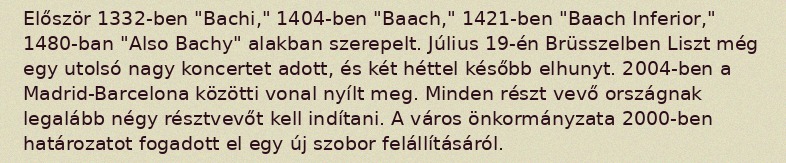
Először 1332-ben "Bachi," 1404-ben "Baach," 1421-ben "Baach Inferior," 1480-ban "Also Bachy" alakban szerepelt. Július 19-én Brüsszelben Liszt még egy utolsó nagy koncertet adott, és két héttel később elhunyt. 2004-ben a Madrid-Barcelona közötti vonal nyílt meg. Minden részt vevő országnak legalább négy résztvevőt kell indítani. A város önkormányzata 2000-ben határozatot fogadott el egy új szobor felállításáról.